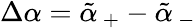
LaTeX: \Delta\alpha=\tilde{\alpha}_{\, +}-\tilde{\alpha}_{\, -}